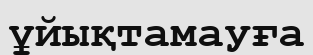
ұйықтамауға